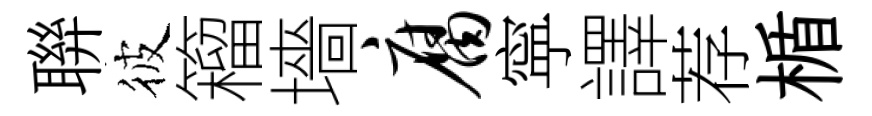
聨彼籕墻腐寜譯荐楯